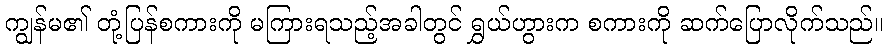
ကျွန်မ၏ တုံ့ပြန်စကားကို မကြားရသည့်အခါတွင် ရွှယ်ဟွားက စကားကို ဆက်ပြောလိုက်သည်။